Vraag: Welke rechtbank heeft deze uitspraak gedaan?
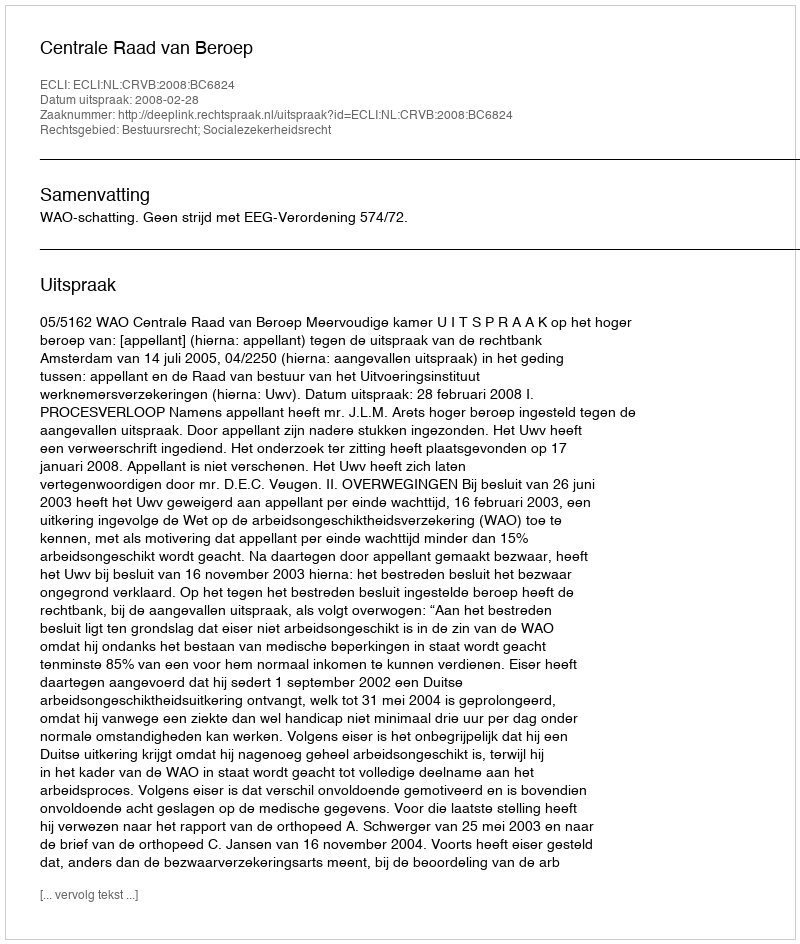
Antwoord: Centrale Raad van Beroep